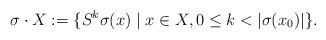
LaTeX: \begin{align*}\sigma \cdot X := \{S^k \sigma(x) \mid x \in X, 0\leq k < |\sigma(x_0)|\}.\end{align*}